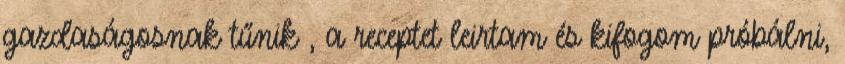
gazdaságosnak tűnik , a receptet leirtam és kifogom próbálni,